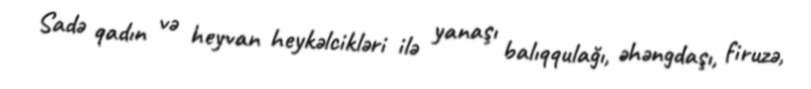
Sadə qadın və heyvan heykəlcikləri ilə yanaşı balıqqulağı, əhəngdaşı, firuzə,